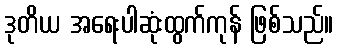
ဒုတိယ အရေးပါဆုံးထွက်ကုန် ဖြစ်သည်။